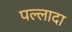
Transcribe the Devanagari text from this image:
पल्लादा